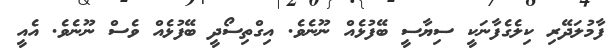
ފާމުލަދޭރި ކިލެގެފާނަކީ ސިޔާސީ ބޭފުޅެއް ނޫނެވެ. އިގްތިސޯދީ ބޭފުޅެއް ވެސް ނޫނެވެ. އެއީ